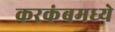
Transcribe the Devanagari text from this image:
करकंबमध्ये